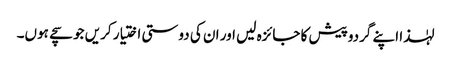
لہٰذا اپنے گردوپیش کا جائزہ لیں اور ان کی دوستی اختیار کریں جو سچے ہوں۔